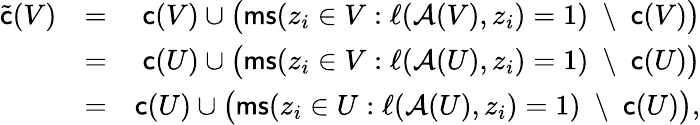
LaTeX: \begin{array}{rlr}{\tilde{\mathsf{c}}(V)}&{=}&{\mathsf{c}(V)\cup\big(\mathsf{ms}(z_{i}\in V:\ell(\mathcal{A}(V),z_{i})=1)\; \setminus\; \mathsf{c}(V)\big)}\\ &{=}&{\mathsf{c}(U)\cup\big(\mathsf{ms}(z_{i}\in V:\ell(\mathcal{A}(U),z_{i})=1)\; \setminus\; \mathsf{c}(U)\big)}\\ &{=}&{\mathsf{c}(U)\cup\big(\mathsf{ms}(z_{i}\in U:\ell(\mathcal{A}(U),z_{i})=1)\; \setminus\; \mathsf{c}(U)\big),}\end{array}